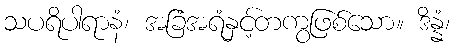
သပရိပါရာနံ၊ အခြံအရံနှင့်တကွဖြစ်သော။ ဒိန္နံ၊